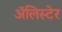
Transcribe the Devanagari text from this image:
अॅलिस्टेर